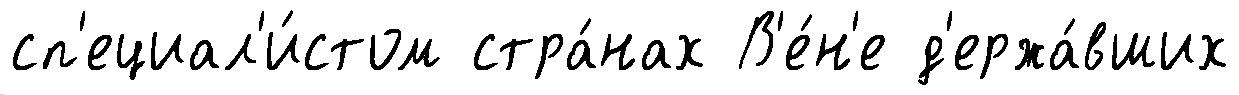
сп'ециал'и́стом стра́нах В'е́н'е д'ержа́вших